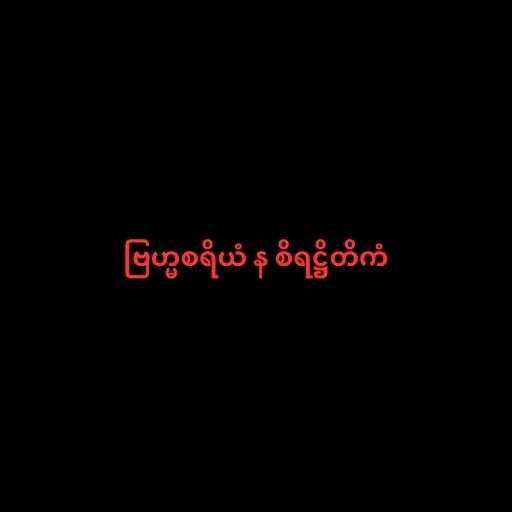
ဗြဟ္မစရိယံ န စိရဋ္ဌိတိကံ